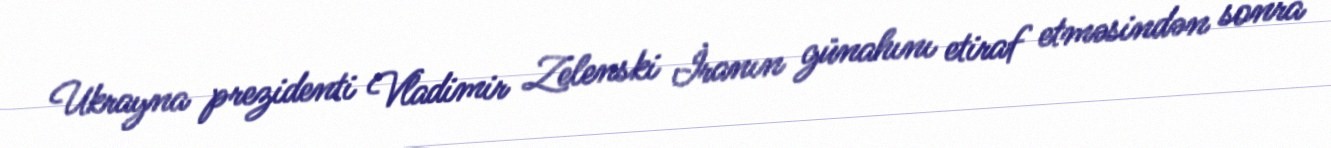
Ukrayna prezidenti Vladimir Zelenski İranın günahını etiraf etməsindən sonra